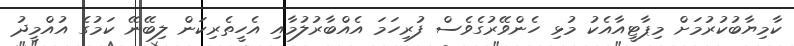
ކާމިޔާބުކުރުމަށް މިޕާޓީއާއެކު މުޅި ހެންވޭރުގެވެސް ފުރިހަމަ އެއްބާރުލުމާއި އެހީތެރިކަން ލިބޭނޭ ކަމުގެ އުއްމީދު